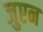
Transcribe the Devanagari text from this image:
जुएन